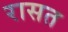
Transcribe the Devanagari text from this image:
रासत